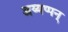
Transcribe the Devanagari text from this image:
अय्यप्पन्